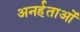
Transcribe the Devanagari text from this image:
अनर्हताओं